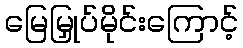
မြေမြှုပ်မိုင်းကြောင့်